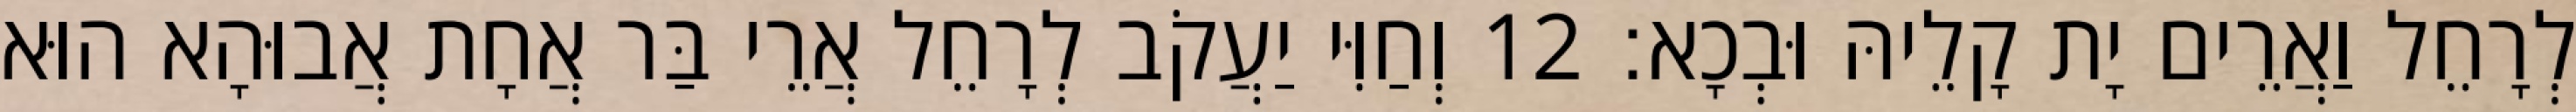
לְרָחֵל וַאֲרֵים יָת קָלֵיהּ וּבְכָא׃ 12 וְחַוִּי יַעֲקֹב לְרָחֵל אֲרֵי בַּר אֲחָת אֲבוּהָא הוּא